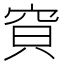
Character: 𱶺